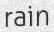
rain